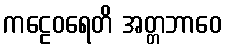
ကဠေဝရေတိ အတ္တဘာဝေ